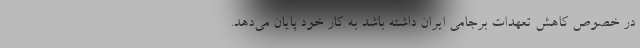
در خصوص کاهش تعهدات برجامی ایران داشته باشد به کار خود پایان می‌دهد.